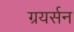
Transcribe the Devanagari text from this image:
ग्रयर्सन